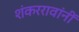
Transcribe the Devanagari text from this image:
शंकररावांनीं